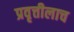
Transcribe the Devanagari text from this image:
प्रवृत्तीलाच